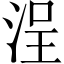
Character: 浧